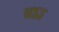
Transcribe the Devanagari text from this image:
धऽऽ